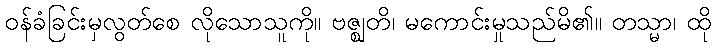
ဝန်ခံခြင်းမှလွတ်စေ လိုသောသူကို။ ဗဇ္ဈတိ၊ မကောင်းမှုသည်မိ၏။ တသ္မာ၊ ထို